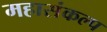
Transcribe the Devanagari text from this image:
महासंकल्प